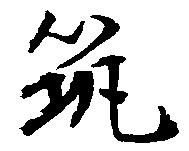
筑